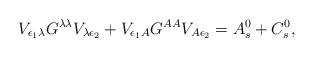
LaTeX: \begin{align*}V_{\epsilon_1\lambda}G^{\lambda\lambda}V_{\lambda\epsilon_2}+V_{\epsilon_1A}G^{AA}V_{A\epsilon_2}=A_{s}^0+C_{s}^0,\end{align*}